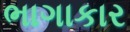
ભાગાકાર